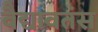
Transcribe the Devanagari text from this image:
वैद्यावतंस